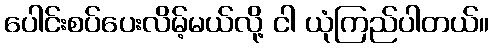
ပေါင်းစပ်ပေးလိမ့်မယ်လို့ ငါ ယုံကြည်ပါတယ်။